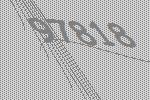
97818